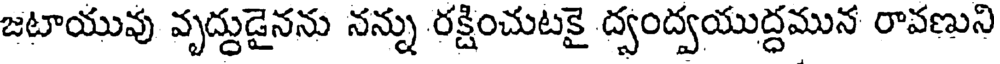
జటాయువు వృద్దుడైనను నన్ను రక్షించుటకై ద్వంద్వయుద్ధమున రావణుని